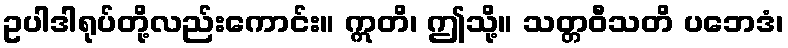
ဥပါဒါရုပ်တို့လည်းကောင်း။ ဣတိ၊ ဤသို့။ သတ္တဝီသတိ ပဘေဒံ၊